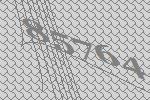
85764